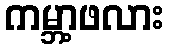
ကမ္ဘာ့ဖလား